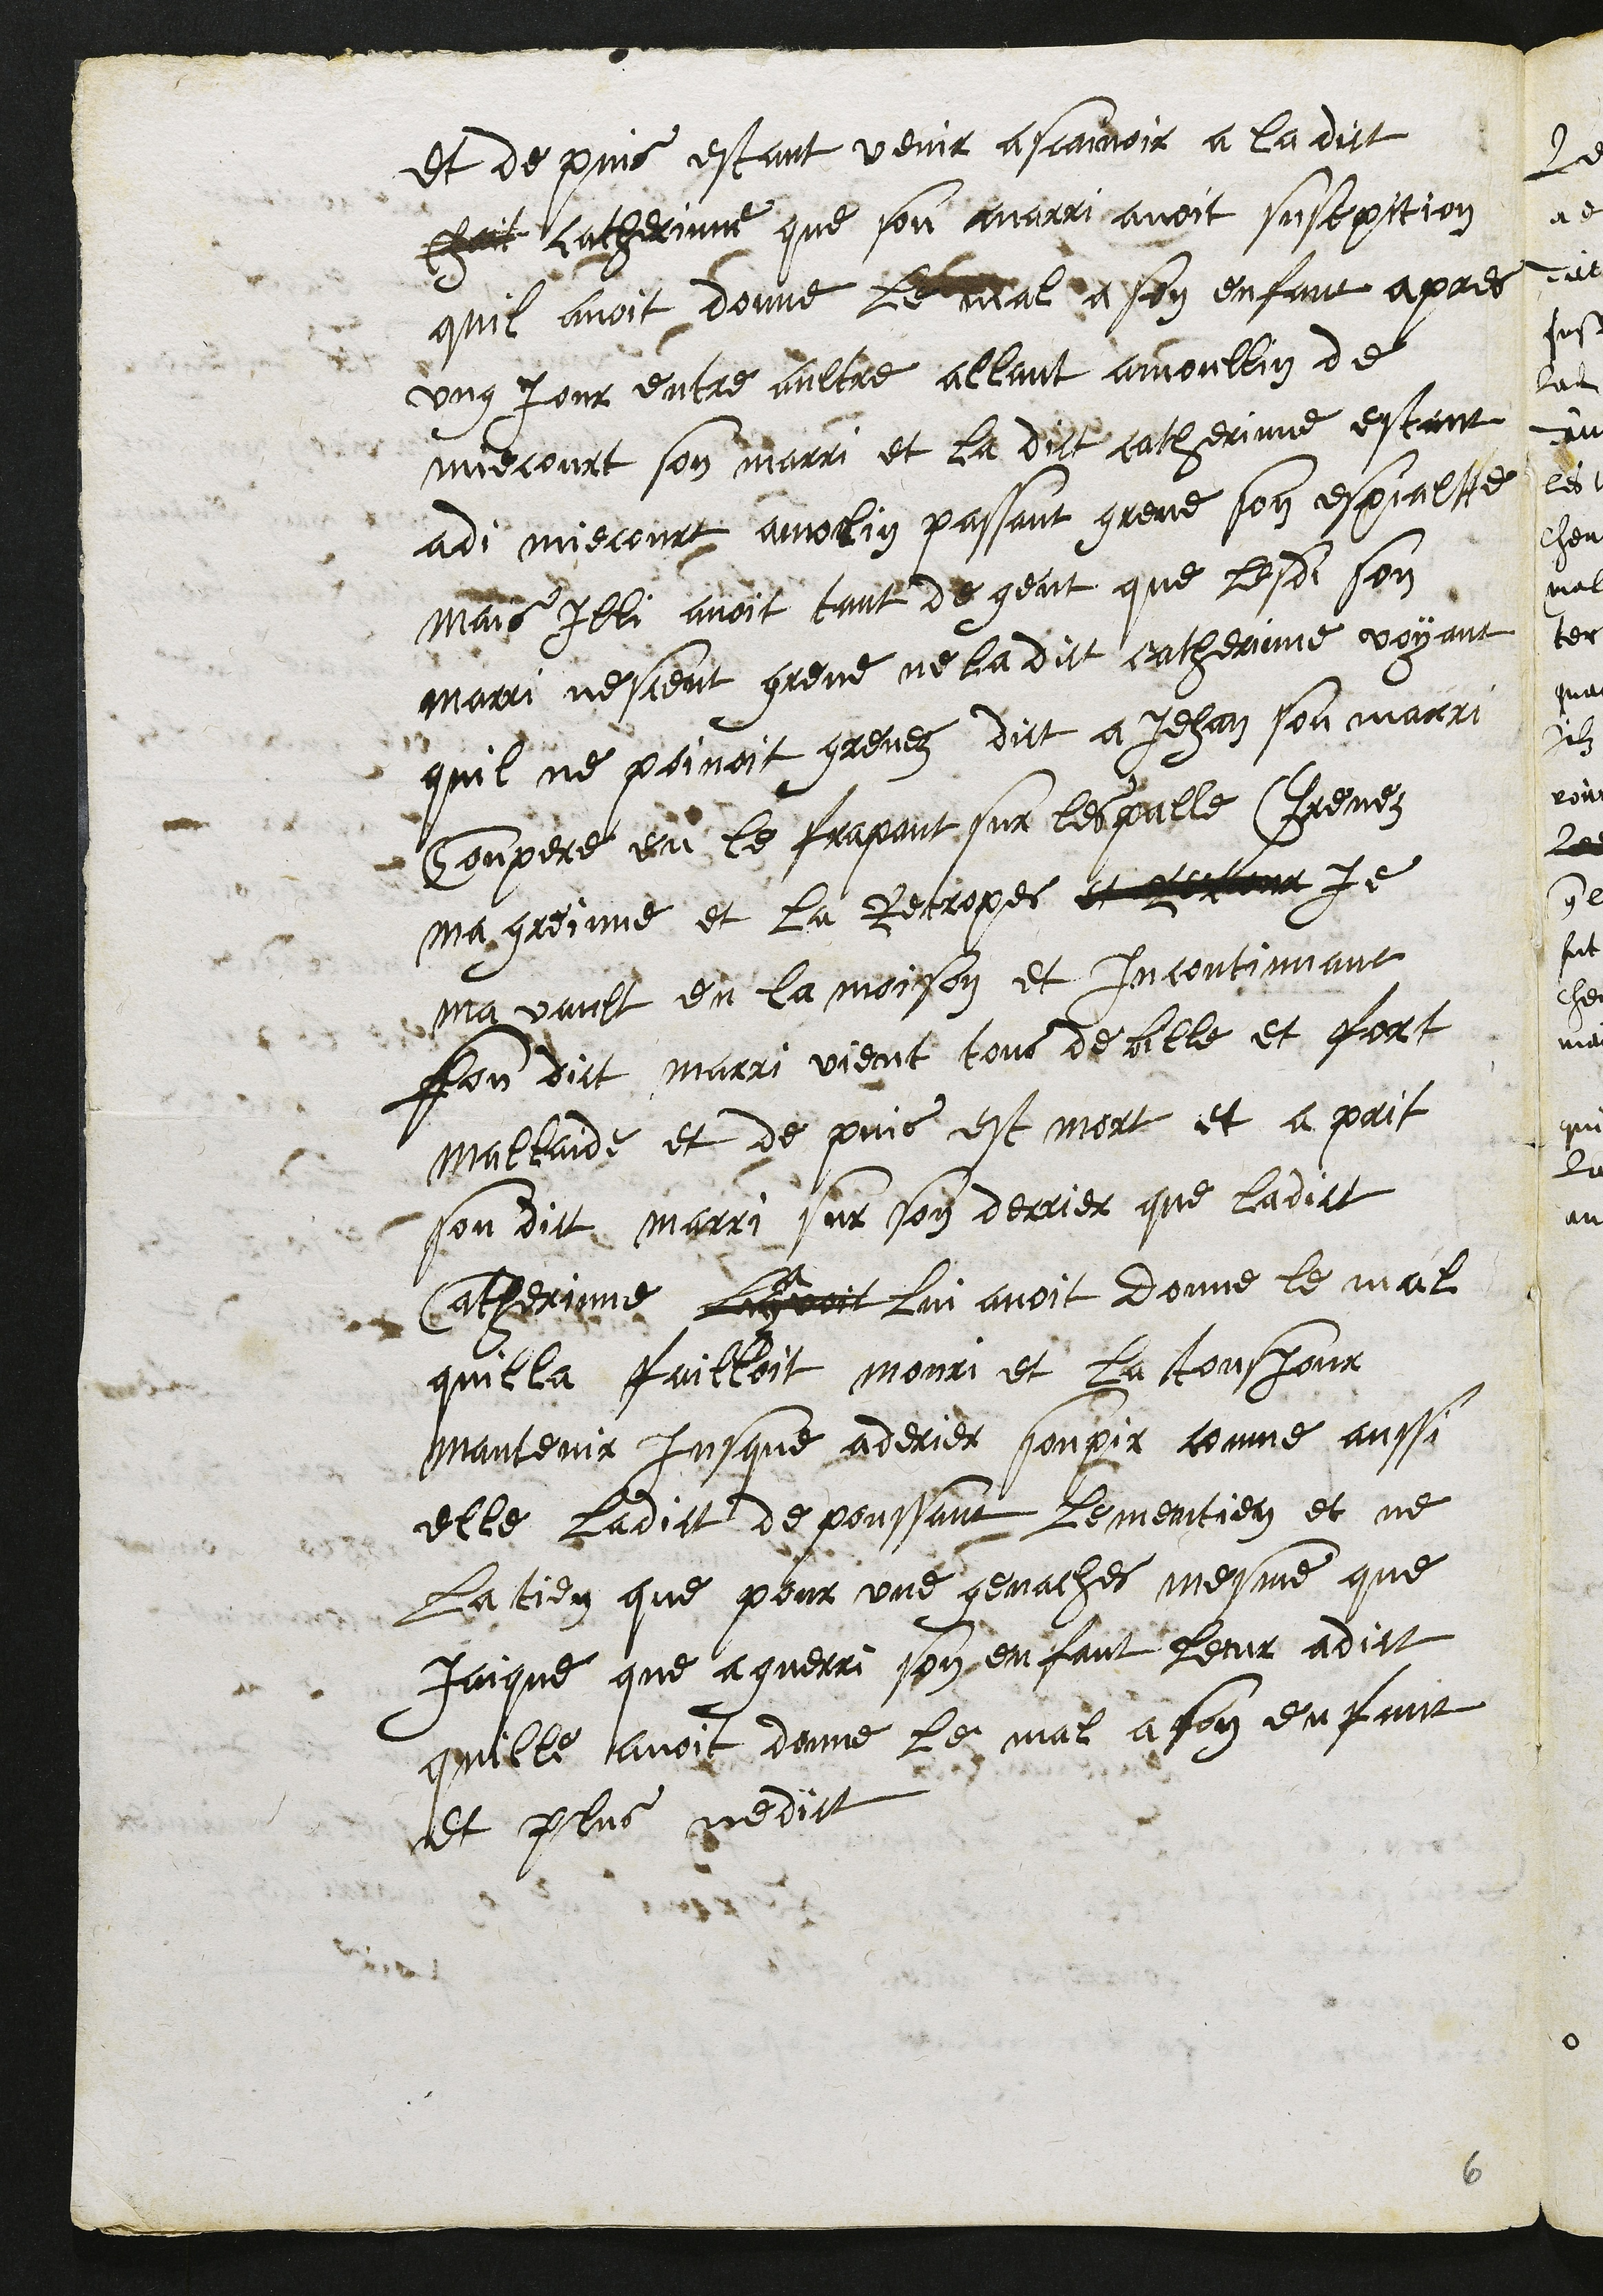
et de puis estant venir a scaivoir a la dict
chait catherinne que son marri avoit susepition
quil avoit donné le mal a son enfant apres
ung jour entre aultre allant a moullin de
miecourt son marri et la dict catherinne estant
adi miecourt a molin passant greve son espialtte
mais Illi avoit tant de gent que lesdi son
marri ne sceut greve ne la dict catherinne voyant
quil ne povoit grevez dict a Jehan son marri
Compere en le frapant sur lespalle Prenez
ma greinne et La Recropes et rerour je
ma vault en la maison et incontinant
son dict marri vient tous debille et fort
Mallaide et de puis est mort et a prit
son dict marri sur son derrier que ladict
Catherinne Luyavoit lui avoit donne le mal
quilla failloit mouri et la tousjour
mantenir jusque a derier soupir comme aussi
elle ladict depoussant le meintien et ne
La tien que pour une genaches mesme que
Jaique que a guerri son enfant leur a dict
quille avoit donne le mal a son enfant
et plus ne dict

6